Civil Veterinary Department Bihar reports 1936-40 - 1936-1940
Year: 1936
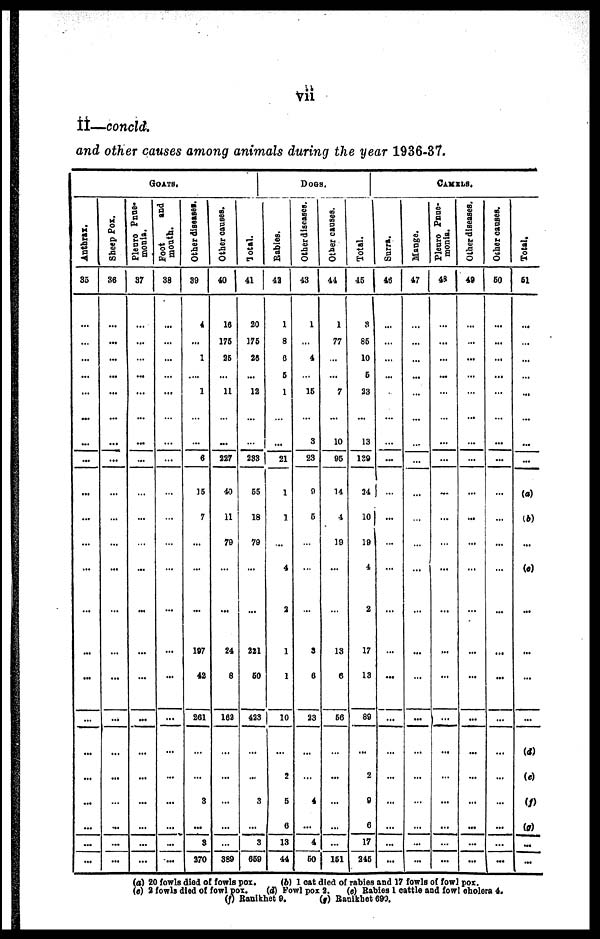
vii
II—concld.
and other causes among animals during the year 1936-37.
GOATS
Anthrax.
35
…
…
…
...
…
...
...
...
...
...
…
...
…
...
...
...
...
...
...
...
...
...
Sheep Pox.
36
…
...
...
...
...
...
...
...
…
...
…
...
…
…
...
…
...
...
…
...
...
...
Plenro Pnue-
monia.
37
…
...
…
...
...
...
...
...
…
…
…
…
…
...
...
...
...
...
...
…
...
...
Foot
and
mouth.
38
…
…
…
…
...
…
…
…
…
…
…
…
...
...
...
…
...
...
...
...
...
...
Other diseases.
39
4
...
1
…
1
…
…
6
15
7
...
…
...
187
42
261
…
…
3
...
3
270
Other causes.
40
16
175
25
…
11
…
...
227
40
11
70
…
...
24
8
162
…
...
…
…
…
389
Total.
41
20
176
26
…
12
…
...
233
55
18
79
…
…
221
50
423
...
...
3
...
3
669
DOGS
Babies.
42
1
8
6
5
1
…
...
21
1
1
…
4
2
1
1
10
…
2
5
6
13
44
Other discases.
43
1
…
4
…
15
…
3
23
9
5
…
…
…
3
6
23
...
…
4
…
4
60
Other causes.
44
1
77
…
...
7
…
10
95
14
4
19
…
…
13
6
66
…
...
...
…
...
151
Total.
45
3
85
10
5
23
...
13
139
24
10
19
4
2
17
13
89
...
2
9
6
17
246
CAMELS
Surra.
46
…
…
…
…
…
…
…
...
…
…
…
…
…
...
...
…
…
…
…
…
...
...
Mange.
47
…
…
…
...
…
...
…
…
…
…
…
...
…
...
…
...
...
...
…
…
…
...
Pleuro Pnue-
monia.
48
…
...
…
...
…
…
…
…
...
…
…
…
...
...
...
…
...
...
...
...
…
...
Other diseases.
49
…
…
...
…
…
...
…
...
…
...
…
...
...
…
...
...
...
...
...
...
...
...
Other Causes.
50
…
...
...
...
…
…
...
...
…
...
...
…
…
...
...
…
…
…
…
...
...
...
Total.
51
…
...
…
...
...
...
...
...
(a)
(b)
...
(c)
...
...
…
…
(d)
(e)
(I)
(g)
...
...
(a) 20 fowls died of fowls pox.
(b) 1 cat died of rabies and 17 fowls of fowl pox.
(c) 2 fowls died of fowl pox.
(d) Fowl pox 2.
(e) Rabies 1 cattle and fowl cholera 4.
(f) Ranikhet 9.
(g) Ranikhet 690.